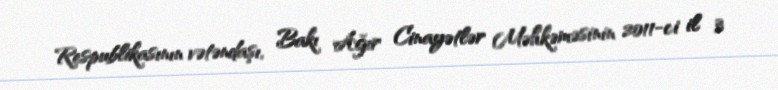
Respublikasının vətəndaşı, Bakı Ağır Cinayətlər Məhkəməsinin 2011-ci il 3